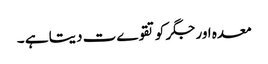
معدہ اور جگر کو تقوےت دیتا ہے ۔